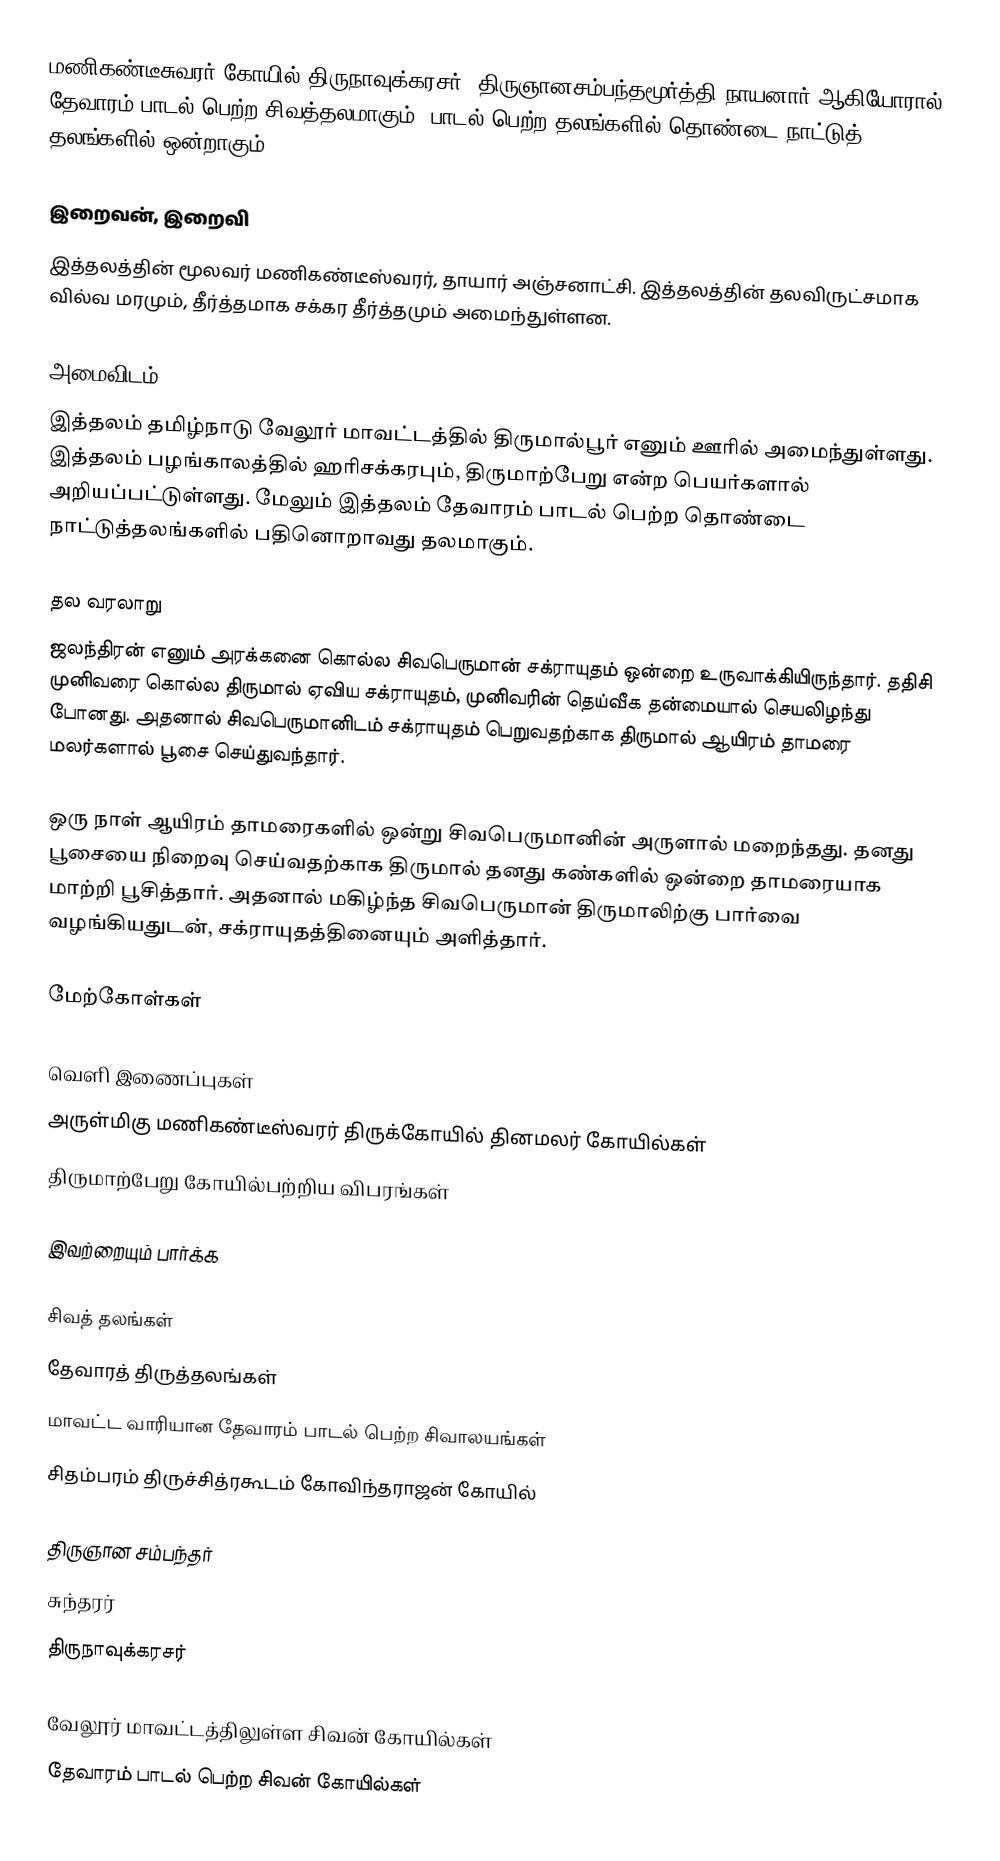
மணிகண்டீசுவரர் கோயில் திருநாவுக்கரசர், திருஞானசம்பந்தமூர்த்தி நாயனார் ஆகியோரால் தேவாரம் பாடல் பெற்ற சிவத்தலமாகும். பாடல் பெற்ற தலங்களில் தொண்டை நாட்டுத் தலங்களில் ஒன்றாகும்.

இறைவன், இறைவி
இத்தலத்தின் மூலவர் மணிகண்டீஸ்வரர், தாயார் அஞ்சனாட்சி. இத்தலத்தின் தலவிருட்சமாக வில்வ மரமும், தீர்த்தமாக சக்கர தீர்த்தமும் அமைந்துள்ளன.

அமைவிடம்
இத்தலம் தமிழ்நாடு வேலூர் மாவட்டத்தில் திருமால்பூர் எனும் ஊரில் அமைந்துள்ளது. இத்தலம் பழங்காலத்தில் ஹரிசக்கரபும், திருமாற்பேறு என்ற பெயர்களால் அறியப்பட்டுள்ளது. மேலும் இத்தலம் தேவாரம் பாடல் பெற்ற தொண்டை நாட்டுத்தலங்களில் பதினொறாவது தலமாகும்.

தல வரலாறு
ஜலந்திரன் எனும் அரக்கனை கொல்ல சிவபெருமான் சக்ராயுதம் ஒன்றை உருவாக்கியிருந்தார். ததிசி முனிவரை கொல்ல திருமால் ஏவிய சக்ராயுதம், முனிவரின் தெய்வீக தன்மையால் செயலிழந்து போனது. அதனால் சிவபெருமானிடம் சக்ராயுதம் பெறுவதற்காக திருமால் ஆயிரம் தாமரை மலர்களால் பூசை செய்துவந்தார்.

ஒரு நாள் ஆயிரம் தாமரைகளில் ஒன்று சிவபெருமானின் அருளால் மறைந்தது. தனது பூசையை நிறைவு செய்வதற்காக திருமால் தனது கண்களில் ஒன்றை தாமரையாக மாற்றி பூசித்தார். அதனால் மகிழ்ந்த சிவபெருமான் திருமாலிற்கு பார்வை வழங்கியதுடன், சக்ராயுதத்தினையும் அளித்தார்.

மேற்கோள்கள்

வெளி இணைப்புகள்
 அருள்மிகு மணிகண்டீஸ்வரர் திருக்கோயில் தினமலர் கோயில்கள்
 திருமாற்பேறு கோயில்பற்றிய விபரங்கள்

இவற்றையும் பார்க்க

 சிவத் தலங்கள்
 தேவாரத் திருத்தலங்கள்
 மாவட்ட வாரியான தேவாரம் பாடல் பெற்ற சிவாலயங்கள்
 சிதம்பரம் திருச்சித்ரகூடம் கோவிந்தராஜன் கோயில்

 திருஞான சம்பந்தர்
 சுந்தரர்
 திருநாவுக்கரசர்

வேலூர் மாவட்டத்திலுள்ள சிவன் கோயில்கள்
தேவாரம் பாடல் பெற்ற சிவன் கோயில்கள்